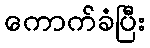
ကောက်ခံပြီး